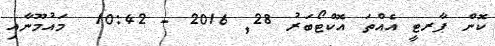
ކޮން ޕާރޓީ އެއްތަ އޮކްޓޯބަރު 28